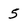
Character: 5